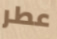
عطر